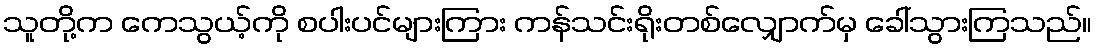
သူတို့က ကေသွယ့်ကို စပါးပင်များကြား ကန်သင်းရိုးတစ်လျှောက်မှ ခေါ်သွားကြသည်။